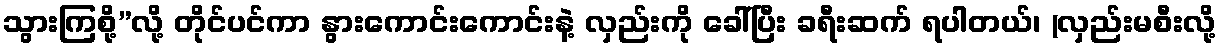
သွားကြစို့”လို့ တိုင်ပင်ကာ နွားကောင်းကောင်းနဲ့ လှည်းကို ခေါ်ပြီး ခရီးဆက် ရပါတယ်၊ (လှည်းမစီးလို့